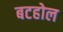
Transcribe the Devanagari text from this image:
बटहोल